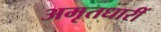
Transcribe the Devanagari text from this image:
अमृतधारीं